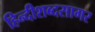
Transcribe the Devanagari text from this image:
हिन्दीशब्दसागर